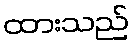
ထားသည်